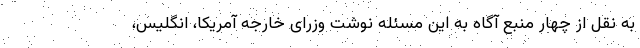
به نقل از چهار منبع آگاه به این مسئله نوشت وزرای خارجه آمریکا، انگلیس،